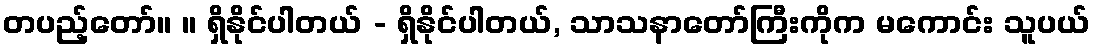
တပည့်တော်။ ။ ရှိနိုင်ပါတယ် - ရှိနိုင်ပါတယ်, သာသနာတော်ကြီးကိုက မကောင်း သူပယ်